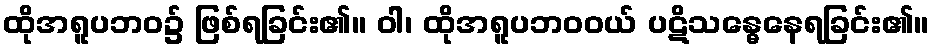
ထိုအရူပဘဝ၌ ဖြစ်ရခြင်း၏။ ဝါ၊ ထိုအရူပဘဝဝယ် ပဋိသန္ဓေနေရခြင်း၏။